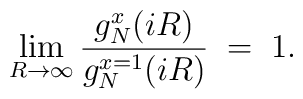
\lim_{R \rightarrow \infty}      {  g_N^{x}(iR)  \over g_N^{x=1}(iR) } \;=\; 1.